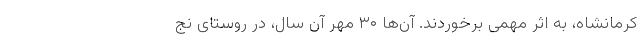
کرمانشاه، به اثر مهمی برخوردند. آن‌ها ۳۰ مهر آن سال، در روستای نج